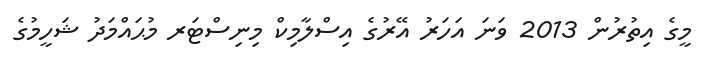
މީގެ އިތުރުން 2013 ވަނަ އަހަރު އޭރުގެ އިސްލާމިކް މިނިސްޓަރ މުޙައްމަދު ޝަހީމުގެ